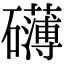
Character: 礴